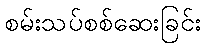
စမ်းသပ်စစ်ဆေးခြင်း